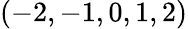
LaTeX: (-2,-1,0,1,2)